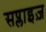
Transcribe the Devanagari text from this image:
सप्लाइज़